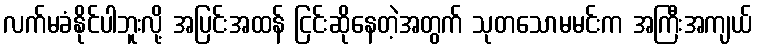
လက်မခံနိုင်ပါဘူးလို့ အပြင်းအထန် ငြင်းဆိုနေတဲ့အတွက် သုတသောမမင်းက အကြီးအကျယ်